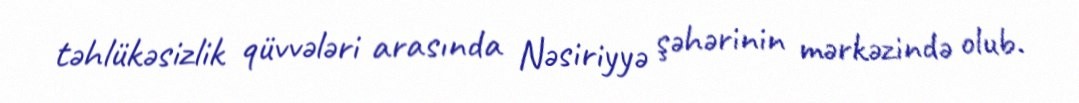
təhlükəsizlik qüvvələri arasında Nəsiriyyə şəhərinin mərkəzində olub.